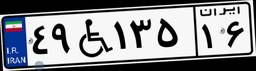
۴۹W۱۳۵۱۶